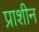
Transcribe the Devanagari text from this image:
प्राशीन